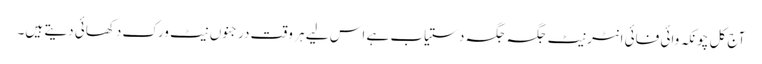
آج کل چونکہ وائی فائی انٹرنیٹ جگہ جگہ دستیاب ہے اس لیے ہر وقت درجنوں نیٹ ورک دِکھائی دیتے ہیں۔